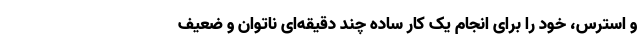
و استرس، خود را برای انجام یک کار ساده چند دقیقه‌ای ناتوان و ضعیف